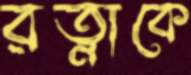
রত্নাকে